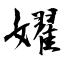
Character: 嬥